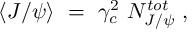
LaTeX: \langle J / \psi \rangle ~ = ~ \gamma _ { c } ^ { 2 } ~ N _ { J / \psi } ^ { t o t } ~ ,